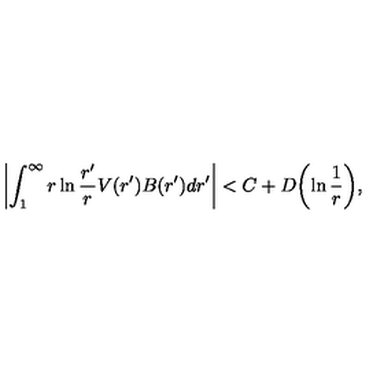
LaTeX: \left| \int _ { 1 } ^ { \infty } r \ln { \frac { r ^ { \prime } } { r } } V ( r ^ { \prime } ) B ( r ^ { \prime } ) d r ^ { \prime } \right| < C + D \biggl ( \ln { \frac { 1 } { r } } \biggr ) ,